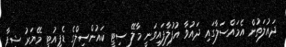
ދައުލަތުން އެމައްސަލާގައި ދައުވާ އުފުލާފައިވަނީ މާލޭ ސިޓީ ކައުންސިލްގެ ޑެޕިއުޓީ މޭޔަރު ޝިފާ